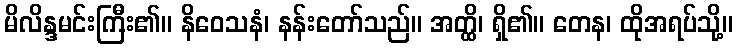
မိလိန္ဒမင်းကြီး၏။ နိဝေသနံ၊ နန်းတော်သည်။ အတ္ထိ၊ ရှိ၏။ တေန၊ ထိုအရပ်သို့။